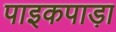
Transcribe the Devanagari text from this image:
पाइकपाड़ा